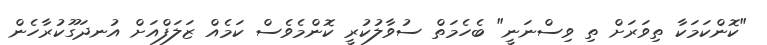
"ކޮންކަމަކާ ތިވަރަށް ތި ވިސްނަނީ" ބެހެމަތް ސުވާލުކުރީ ކޮންމެވެސް ކަމެއް ޒަލަފްއަށް އުނދަގޫކުރާހެން